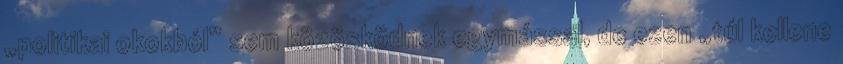
„politikai okokból” sem közösködnek egymással, de ezen „túl kellene